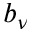
b _ { \nu }